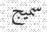
سميج